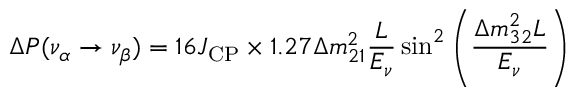
\Delta P ( \nu _ { \alpha } \rightarrow \nu _ { \beta } ) = 1 6 J _ { \mathrm { C P } } \times 1 . 2 7 \Delta m _ { 2 1 } ^ { 2 } \frac { L } { E _ { \nu } } \sin ^ { 2 } \left( \frac { \Delta m _ { 3 2 } ^ { 2 } L } { E _ { \nu } } \right)